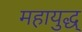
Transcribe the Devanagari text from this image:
महायुद्ध्